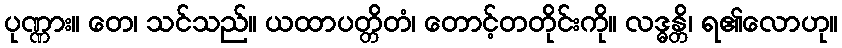
ပုဏ္ဏား။ တေ၊ သင်သည်။ ယထာပတ္တိတံ၊ တောင့်တတိုင်းကို။ လဒ္ဓန္တိ၊ ရ၏လောဟု။